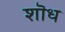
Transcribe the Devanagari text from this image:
शॊध